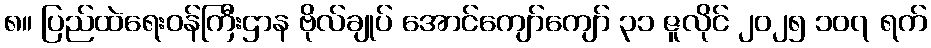
၈။ ပြည်ထဲရေးဝန်ကြီးဌာန ဗိုလ်ချုပ် အောင်ကျော်ကျော် ၃၁ ဇူလိုင် ၂၀၂၅ ၁၀၇ ရက်